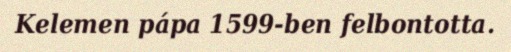
Kelemen pápa 1599-ben felbontotta.